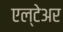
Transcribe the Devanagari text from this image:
एल्टेअर